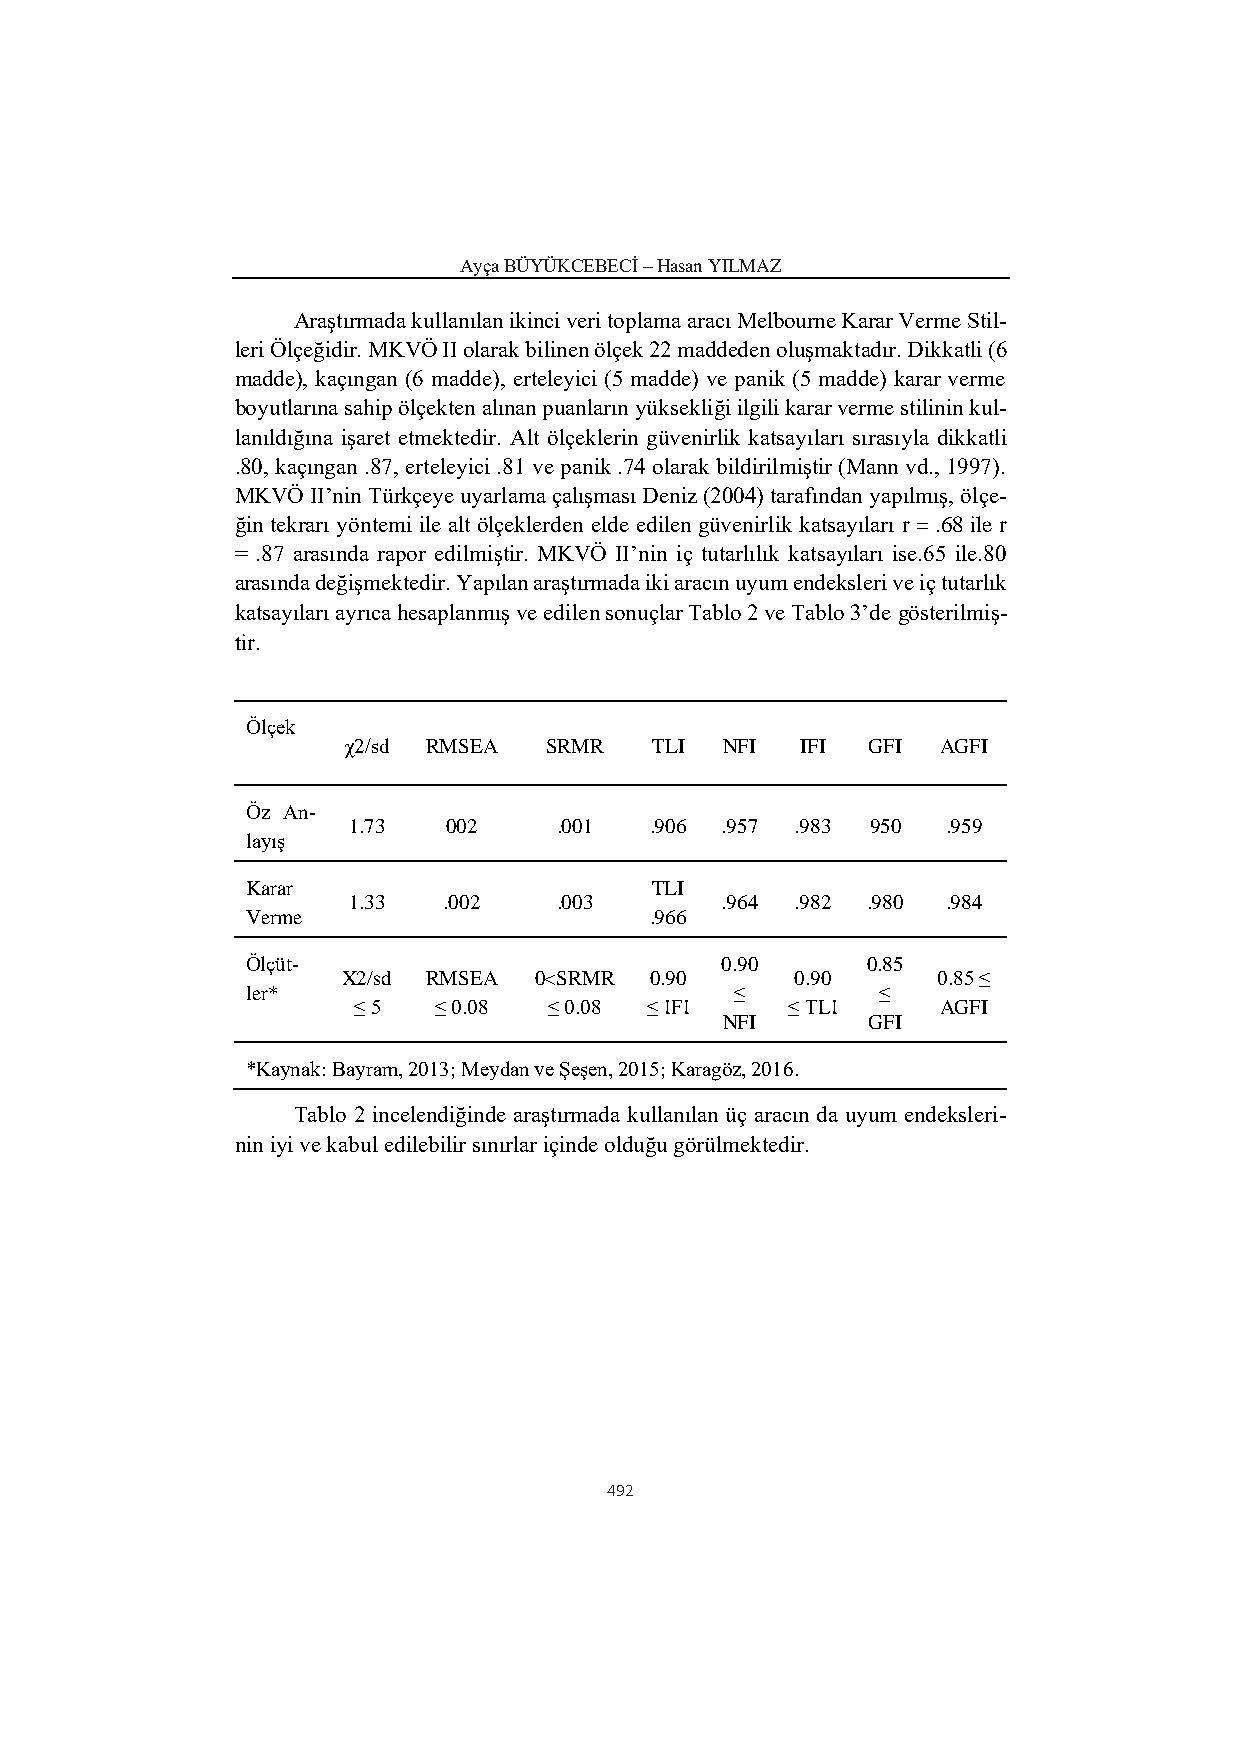
Ayça BÜYÜKCEBECİ – Hasan YILMAZ
 Araştırmada kullanılan ikinci veri toplama aracı Melbourne Karar Verme Stil-
 leri Ölçeğidir. MKVÖ II olarak bilinen ölçek 22 maddeden oluşmaktadır. Dikkatli (6
 madde), kaçıngan (6 madde), erteleyici (5 madde) ve panik (5 madde) karar verme
 boyutlarına sahip ölçekten alınan puanların yüksekliği ilgili karar verme stilinin kul-
 lanıldığına işaret etmektedir. Alt ölçeklerin güvenirlik katsayıları sırasıyla dikkatli
 .80, kaçıngan .87, erteleyici .81 ve panik .74 olarak bildirilmiştir (Mann vd., 1997).
 MKVÖ II’nin Türkçeye uyarlama çalışması Deniz (2004) tarafından yapılmış, ölçe-
 ğin tekrarı yöntemi ile alt ölçeklerden elde edilen güvenirlik katsayıları r = .68 ile r
 = .87 arasında rapor edilmiştir. MKVÖ II’nin iç tutarlılık katsayıları ise.65 ile.80
 arasında değişmektedir. Yapılan araştırmada iki aracın uyum endeksleri ve iç tutarlık
 katsayıları ayrıca hesaplanmış ve edilen sonuçlar Tablo 2 ve Tablo 3’de gösterilmiş-
 tir.
 Ölçek
 χ2/sd RMSEA  SRMR   TLI  NFI  IFI GFI  AGFI
 Öz An-
 1.73   002    .001  .906 .957 .983 950  .959
 layış
 Karar                      TLI
 1.33  .002    .003       .964 .982 .980 .984
 Verme                      .966
 Ölçüt-                          0.90     0.85
 X2/sd RMSEA 0<SRMR  0.90      0.90     0.85 ≤
 ler*                             ≤        ≤
 ≤ 5   ≤ 0.08 ≤ 0.08 ≤ IFI    ≤ TLI     AGFI
 NFI      GFI
 *Kaynak: Bayram, 2013; Meydan ve Şeşen, 2015; Karagöz, 2016.
 Tablo 2 incelendiğinde araştırmada kullanılan üç aracın da uyum endeksleri-
 nin iyi ve kabul edilebilir sınırlar içinde olduğu görülmektedir.
 492